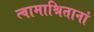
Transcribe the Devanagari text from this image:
त्वामाश्रितानां